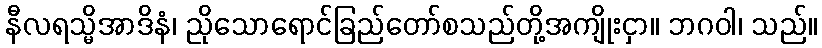
နီလရသ္မိအာဒိနံ၊ ညိုသောရောင်ခြည်တော်စသည်တို့အကျိုးငှာ။ ဘဂဝါ၊ သည်။